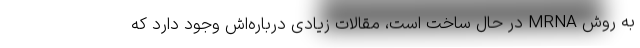
به روش MRNA در حال ساخت است، مقالات زیادی درباره‌اش وجود دارد که